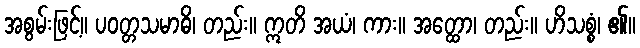
အစွမ်းဖြင့်။ ပဝတ္တသမာဓိ၊ တည်း။ ဣတိ အယံ၊ ကား။ အတ္ထော၊ တည်း။ ဟိသစ္စံ၊ ၏။